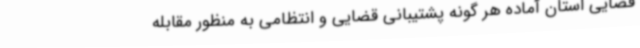
قضایی استان آماده هر گونه پشتیبانی قضایی و انتظامی به منظور مقابله